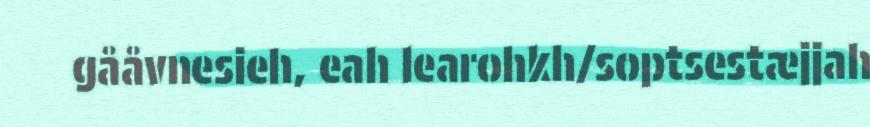
gååvnesieh, eah learohkh/soptsestæjjah